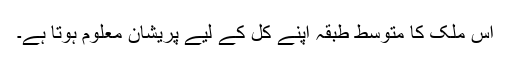
اس ملک کا متوسط طبقہ اپنے کل کے لیے پریشان معلوم ہوتا ہے۔